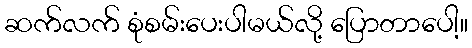
ဆက်လက် စုံစမ်းပေးပါမယ်လို့ ပြောတာပေါ့။